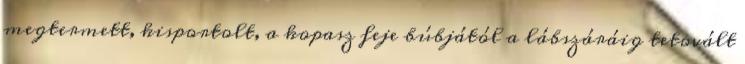
megtermett, kisportolt, a kopasz feje búbjától a lábszáráig tetovált